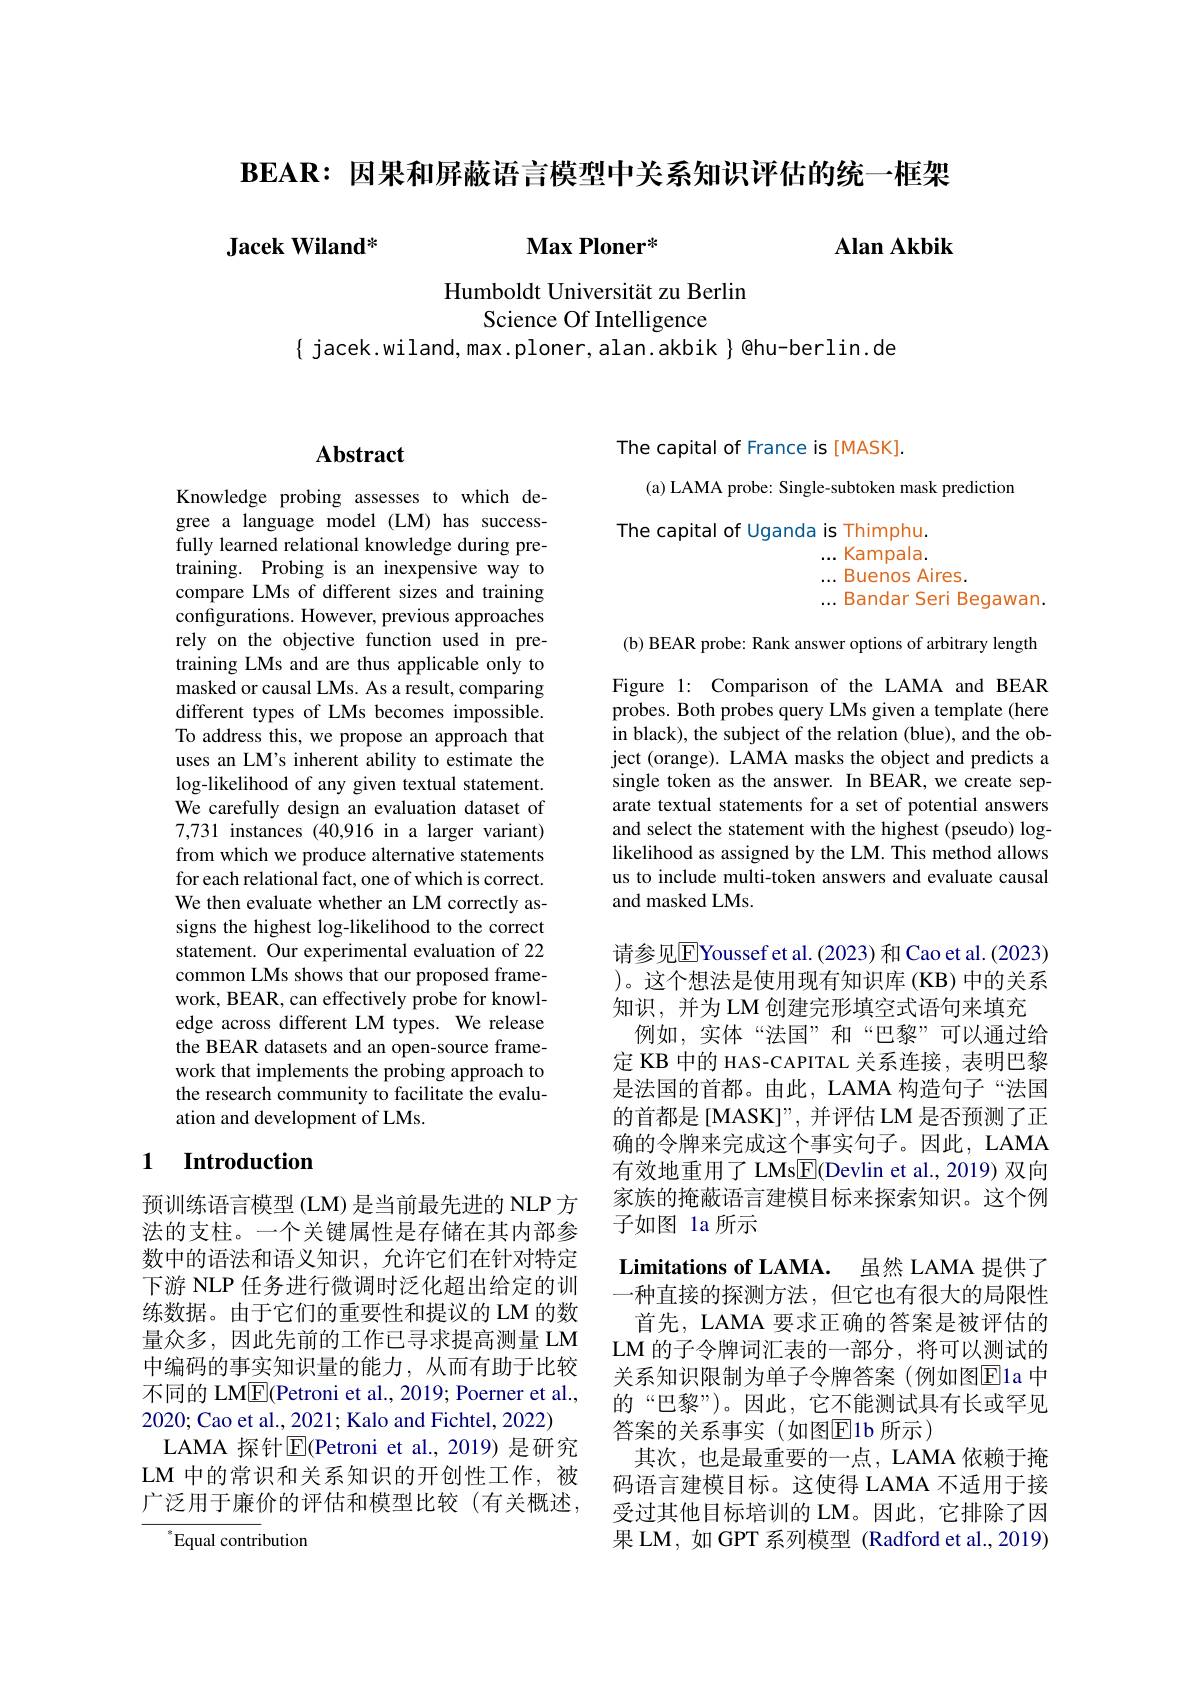
$\mathbf{BEAR:因果和屏蔽语言模型中关系知识评估的统一框架}$

Jacek Wiland*

$\mathbf{Max}\textbf{Ploner}^{* }$

Alan Akbik

Humboldt Universität zu Berlin
Science Of Intelligence

$\{$ jacek.wiland, max. ploner, alan. akbik $\}$ @hu-berlin. de

# Abstract

Knowledge probing assesses to which degree a language model (LM) has successfully learned relational knowledge during pretraining. Probing is an inexpensive way to compare LMs of different sizes and training configurations. However, previous approaches rely on the objective function used in pretraining LMs and are thus applicable only to masked or causal LMs. As a result, comparing different types of LMs becomes impossible. To address this, we propose an approach that uses an LM's inherent ability to estimate the log-likelihood of any given textual statement. We carefully design an evaluation dataset of 7,731 instances (40,916 in a larger variant) from which we produce alternative statements for each relational fact, one of which is correct. We then evaluate whether an LM correctly assigns the highest log-likelihood to the correct statement. Our experimental evaluation of 22 common LMs shows that our proposed framework, BEAR, can effectively probe for knowledge across different LM types. We release the BEAR datasets and an open-source framework that implements the probing approach to the research community to facilitate the evaluation and development of LMs.

## 1 $\textbf{Introduction}$

预训练语言模型 (LM) 是当前最先进的 NLP 方法的支柱。一个关键属性是存储在其内部参数中的语法和语义知识，允许它们在针对特定下游 NLP 任务进行微调时泛化超出给定的训练数据。由于它们的重要性和提议的 LM 的数量众多，因此先前的工作已寻求提高测量 LM 中编码的事实知识量的能力，从而有助于比较不同的 LME(Petroni et al., 2019; Poerner et al., 2020; Cao et al., 2021; Kalo and Fichtel, 2022)
LAMA 探针$\overline{\mathrm{E}}$(Petroni et al.,2019) 是研究LM 中的常识和关系知识的开创性工作，被广泛用于廉价的评估和模型比较(有关概述，

Equal contribution

The capital of France is[MASK].
(a) LAMA probe: Single-subtoken mask prediction
The capital of Uganda is Thimphu.
... Kampala.
...Buenos Aires.
...Bandar Seri Begawan.

(b) BEAR probe: Rank answer options of arbitrary length

Figure 1: Comparison of the LAMA and BEAR probes. Both probes query LMs given a template (here in black), the subject of the relation (blue), and the object (orange). LAMA masks the object and predicts a single token as the answer. In BEAR, we create separate textual statements for a set of potential answers and select the statement with the highest (pseudo) loglikelihood as assigned by the LM. This method allows us to include multi-token answers and evaluate causal and masked LMs.

请参见$\boxed{\mathrm{F}}$Youssef et al.(2023) 和 Cao et al.(2023) )。这个想法是使用现有知识库(KB)中的关系知识，并为 LM 创建完形填空式语句来填充
例如，实体“法国”和“巴黎”可以通过给定 KB 中的 HAS-CAPITAL 关系连接，表明巴黎是法国的首都。由此，LAMA 构造句子“法国的首都是[MASK]”,并评估 LM 是否预测了正确的令牌来完成这个事实句子。因此，LAMA 有效地重用了 LMs$\boxed{\mathrm{F}}($Devlin et al., 2019) 双向家族的掩蔽语言建模目标来探索知识。这个例子如图 1a 所示
Limitations of LAMA. 虽然 LAMA 提供了一种直接的探测方法。但它也有很大的局限性
首先，LAMA 要求正确的答案是被评估的LM 的子令牌词汇表的一部分，将可以测试的关系知识限制为单子令牌答案(例如图$\overline{\mathbb{E}}$1a 中的“巴黎”)。因此，它不能测试具有长或罕见答案的关系事实(如图$\overline{\mathrm{E}}$1b 所示)
其次，也是最重要的一点，LAMA 依赖于掩码语言建模目标。这使得 LAMA 不适用于接受过其他目标培训的 LM。因此，它排除了因果 LM, 如 GPT 系列模型 (Radford et al., 2019)